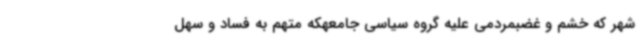
شهر که خشم و غضبمردمی علیه گروه سیاسی جامعهکه متهم به فساد و سهل‌